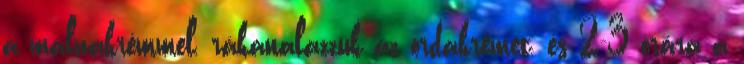
a málnakrémmel, rákanalazzuk az ordakrémet, és 2-3 órára a